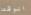
الوقت